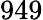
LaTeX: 949